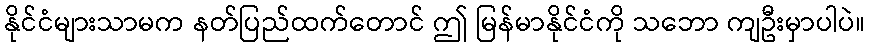
နိုင်ငံများသာမက နတ်ပြည်ထက်တောင် ဤ မြန်မာနိုင်ငံကို သဘော ကျဦးမှာပါပဲ။